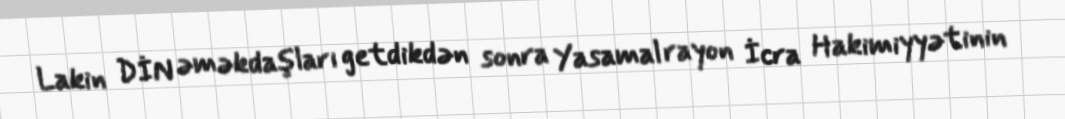
Lakin DİN əməkdaşları getdikdən sonra Yasamal rayon İcra Hakimiyyətinin